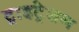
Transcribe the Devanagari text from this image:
ट्राइट्रेशन